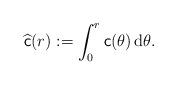
LaTeX: \begin{align*}\widehat{\textsf{c}}(r):=\int_0^r \textsf{c}(\theta)\,\mathrm d\theta.\end{align*}